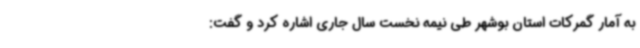
به آمار گمرکات استان بوشهر طی نیمه نخست سال جاری اشاره کرد و گفت: